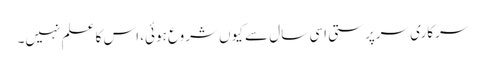
سرکاری سرپرستی اسی سال سے کیوں شروع ہوئی، اس کا علم نہیں۔